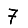
Digit: 7